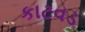
કાટવડ